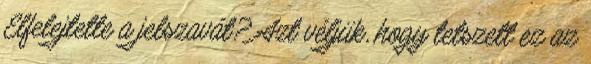
Elfelejtette a jelszavát? Azt véljük, hogy tetszett ez az